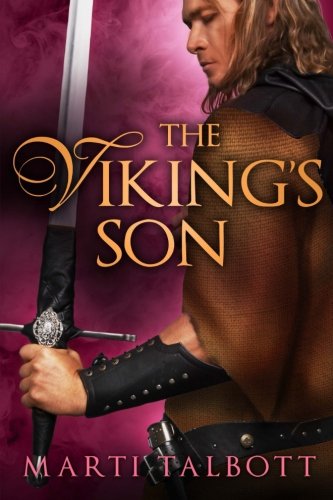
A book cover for The Viking's Son (The Viking Series) (Volume 3); Marti Talbott; Romance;